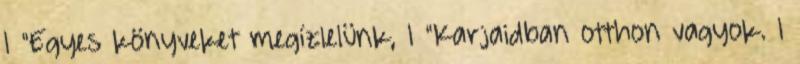
1 "Egyes könyveket megízlelünk, 1 "Karjaidban otthon vagyok. 1